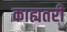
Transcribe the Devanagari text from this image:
काह्यतरी